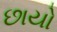
છાયો